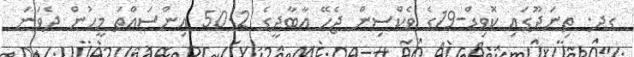
ގދ. ތިނަދޫގައި ކޮވިޑް-19ގެ ވެކްސިން ޖެހޭ އާބާދީގެ 50.2 އިންސައްތަ މީހުން ދެވަނަ